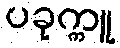
ပခုက္ကူ